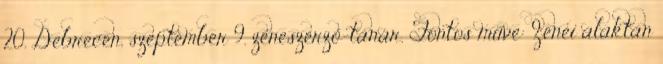
20. Debrecen, szeptember 9. zeneszerző-tanár. Fontos műve: Zenei alaktan